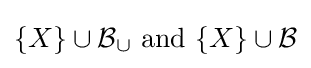
\{X\}\cup {\mathcal {B}}_{\cup }{\text{ and }}\{X\}\cup {\mathcal {B}}